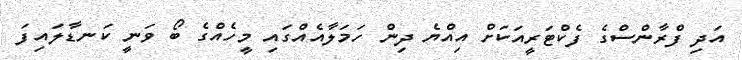
އަދި ފްރާންސްގެ ފެކްޓަރީއަކަށް އިއްޔެ ދިން ހަަަމަލާއެއްގައި މީހެއްގެ ބޯ ވަނީ ކަނޑާލައިފަ